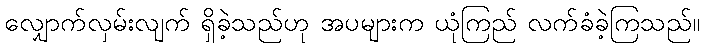
လျှောက်လှမ်းလျက် ရှိခဲ့သည်ဟု အပများက ယုံကြည် လက်ခံခဲ့ကြသည်။